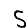
Digit: 5